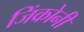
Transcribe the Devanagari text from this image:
जिंकोनी